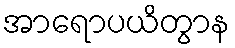
အာရောပယိတွာန